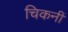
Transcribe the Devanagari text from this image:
चिकनीं